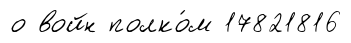
о войн полко́м 17821816